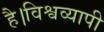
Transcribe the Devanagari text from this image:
है।विश्वव्यापी